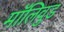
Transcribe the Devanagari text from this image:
मॉलिवुड